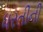
ધરતીની